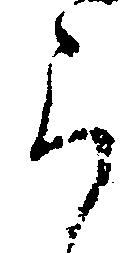
ら